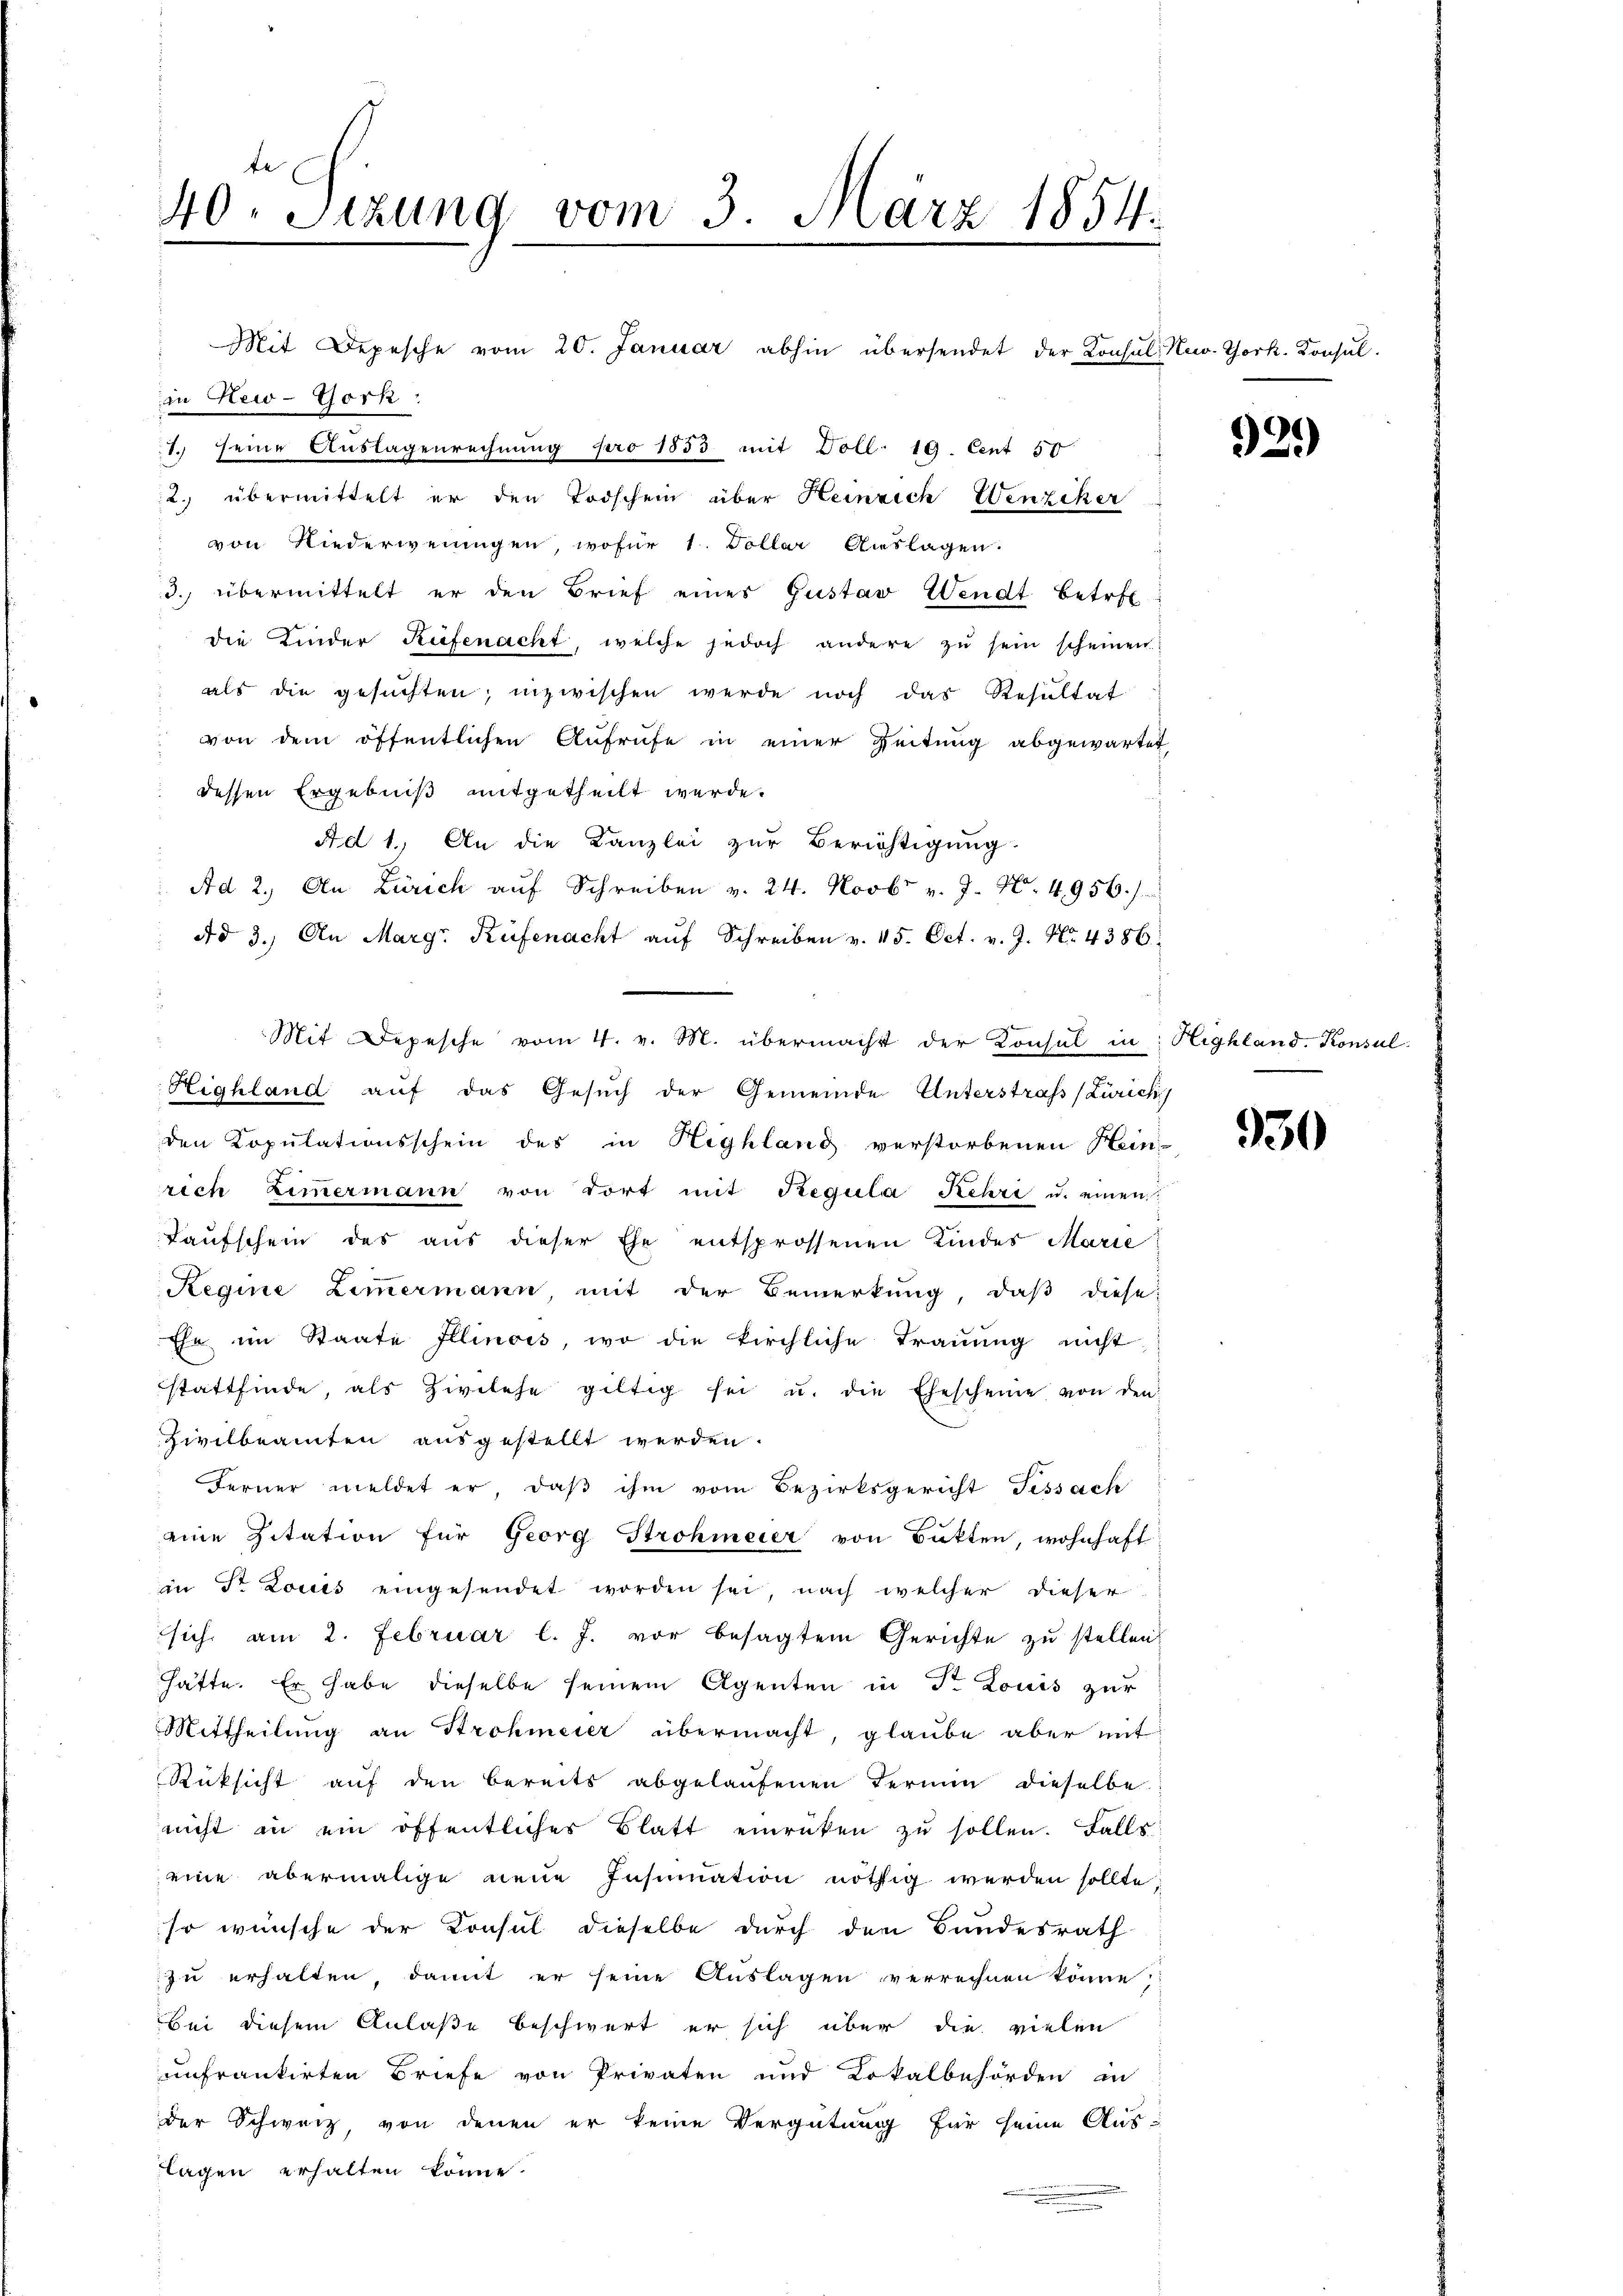
te
40. Sizung vom 3. März 1854.
d

in New-York:
1. seine Auslagenrechnung pro 1853 mit Doll: 19. Cent 50
2. übermittelt er den Todschein über Heinrich Wenziker
von Niederweningen, wofür 1. Dollar Auslagen.
3. übermittelt er den Brief eines Gustav Wendt betret
die Kinder Rüfenacht, welche jedoch andere zŭ sein scheinen
als die gesuchten; inzwischen werde noch das Resultat
von dem öffentlichen Aufrufe in einer Zeitung abgewartet
dessen Ergebniß mitgetheilt werde.
Ad 1. An die Kanzlei zur Berichtigung
Ad 2. An Zürich aŭf Schreiben v. 24. Novbr v. J. N. 4956.)
dd 3. An Marg. Rüfenacht aŭf Schreiben v. 15. Oct. v. J. No. 4386.
Mit Depesche vom 4. v. M. übermacht der Konsul in Highland. Konsul
Highland auf das Gesuch der Gemeinde Unterstraf (Zürich
den Kopulationsschein des in Highland verstorbenen Hein
rech Zimmermann von dort mit Regula Kehre u. einen
Kaufschein des aus dieser Ehe entsprossenen Kindes Marie
Regine Zimmermann, mit der Bemerkung, daß diese
Ehe im Staate Illinois, wo die kirchliche Trauung nicht
stattfinde, als Zivilehe giltig sei u. die Ehescheine von den
Zivilbeamten ausgestellt werden.
Ferner meldet er, daβ ihm vom Bezirksgericht Tessach
eine Zitation für Georg Strohmeier von Batten, wohnhaft
in Str. Louis eingesendet worden sei, nach welcher dieser
sich am 2. Februar l. J. vor besagtem Gerichte zu stellen.
hätte. Er habe dieselbe seinem Agenten in Dr Louis zur
Mittheilung an Strohmeier übermacht, glaube aber mit
Rüksicht aŭf den bereits abgelaŭfenen Termin dieselbe
nicht an ein öffentlicher Blatt einrücken zŭ sollen. Falls:
eine abermalige neue Insinuation nöthig werden sollte.
so wünsche der Konsul dieselbe durch den Bundesrath
zŭ erhalten, damit er seine Auslagen verrechnen könne.
Bei diesem Anlaße beschwert er sich über die vielen
unfrankirten Briefe von Privaten und Lokalbehörden in
der Schweiz, von denen er keine Vergütung für seine Auslagen erhalten könne.

Mit Depesche vom 20. Januar abhin übersendet der Konsul, New York. Konsul

921)

930